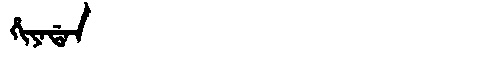
Manchu: ᡥᡳᠶᠠᡩᠠᠨ
Romanization: HIYADAN